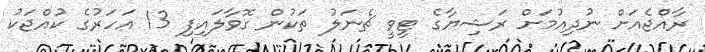
ރާއްޖެއަށް ނުދިއުމަށް ރަޝިޔާގެ ޓީވީ ޗެނަލު ތަކުން ގޮވާލައިފި 13 އަހަރުގެ ކުއްޖަކު